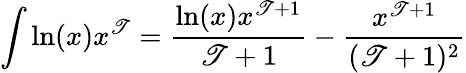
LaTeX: \int\ln(x)x^{\mathscr{T}}={\frac{{\ln(x)x^{\mathscr{T}+1}}}{{\mathscr{T}+1}}}-{\frac{{x^{\mathscr{T}+1}}}{{(\mathscr{T}+1)^{2}}}}